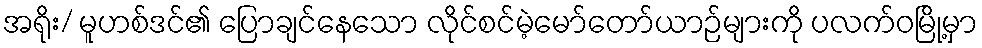
အရိုး/ မူဟစ်ဒင်၏ ပြောချင်နေသော လိုင်စင်မဲ့မော်တော်ယာဉ်များကို ပလက်ဝမြို့မှာ